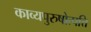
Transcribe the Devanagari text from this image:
काव्यपुरुषोत्पत्ति